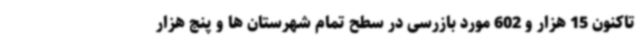
تاکنون 15 هزار و 602 مورد بازرسی در سطح تمام شهرستان ها و پنج هزار